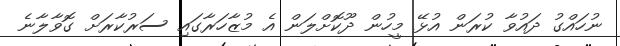
ނުހައްގު ދައުވާ ކުރަން އުޅޭ މީހުން ދޫކޮށްލަން އެ މުޒާހަރާގައި ސަރުކާރަށް ގޮވާލާނެ